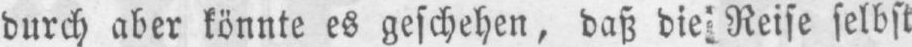
Reise selbst